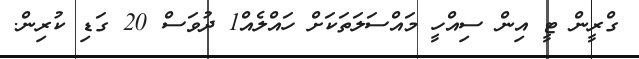
ގްރީން ޓީ އިން ސިއްހީ މައްސަލަތަކަށް ހައްލެއް1 ދުވަސް 20 ގަޑި ކުރިން.